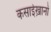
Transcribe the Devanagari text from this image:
कसाईख़ानों